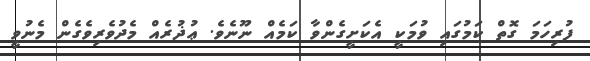
ފުރިހަމަ ގޮތް ކަމުގައި ވުމަކީ އެކަށީގެންވާ ކަމެއް ނޫނެވެ. ޢުޛުރެއް މެދުވެރިވެގެން މެނުވީ